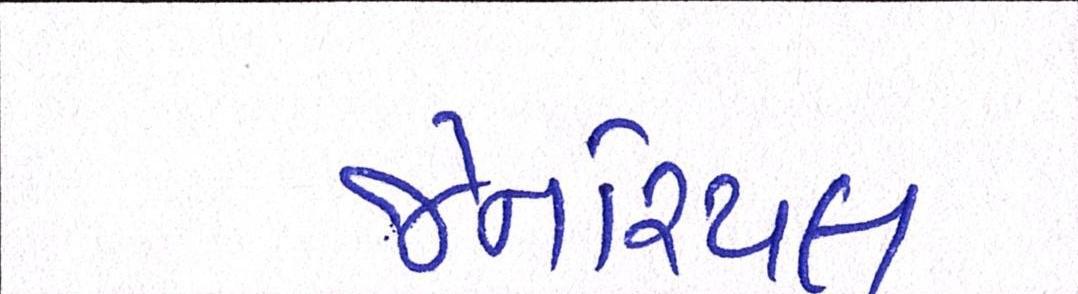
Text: જેનરિયલ